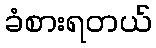
ခံစားရတယ်